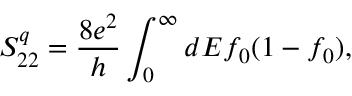
S _ { 2 2 } ^ { q } = \frac { 8 e ^ { 2 } } { h } \int _ { 0 } ^ { \infty } d E f _ { 0 } ( 1 - f _ { 0 } ) ,